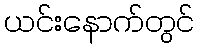
ယင်းနောက်တွင်